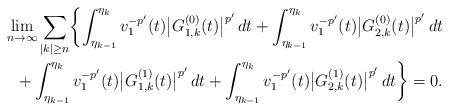
LaTeX: \begin{align*}\lim_{n\to\infty}\sum_{|k|\ge n}\biggl\{\int_{\eta_{k-1}}^{\eta_k}v_1^{-p'}(t)\bigl|G_{1,k}^{(0)}(t)\bigr|^{p'}\,dt+\int_{\eta_{k-1}}^{\eta_k}v_1^{-p'}(t)\bigl|G_{2,k}^{(0)}(t)\bigr|^{p'}\,dt\\+\int_{\eta_{k-1}}^{\eta_k}v_1^{-p'}(t)\bigl|G_{1,k}^{(1)}(t)\bigr|^{p'}\,dt+\int_{\eta_{k-1}}^{\eta_k}v_1^{-p'}(t)\bigl|G_{2,k}^{(1)}(t)\bigr|^{p'}\,dt\biggr\}=0.\end{align*}